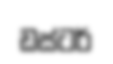
ඩස්ටර්